Vital statistics of India. Vol. V, Reports of 1876 on armies & jails and on epidemic cholera
Year: 1876
Disease focus: Cholera
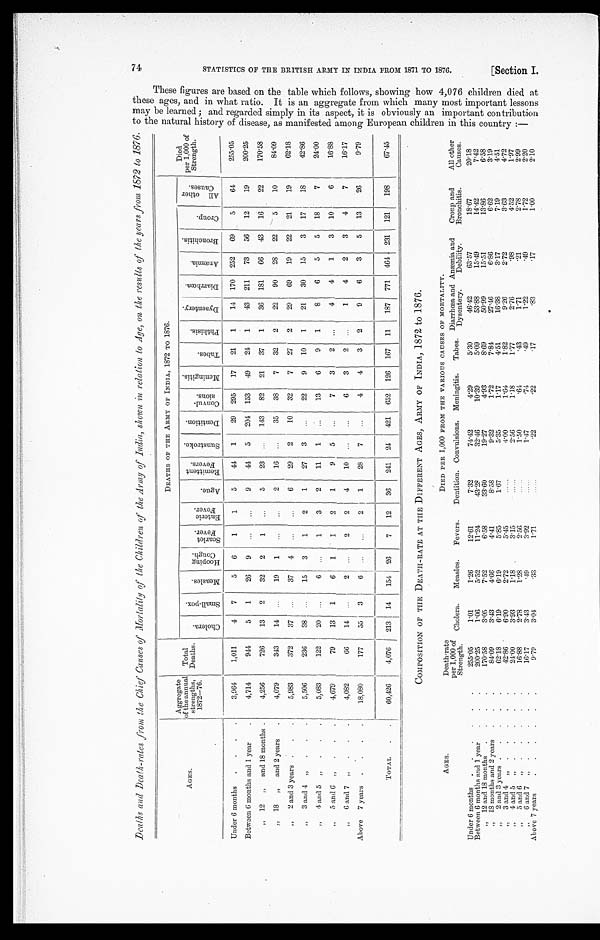
T h e s e f i g u r e s a r e b a s e d o n t h e t a b l e w h i c h f o l l o w s , s h o w i n g h o w 4 , 0 7 6 c h i l d r e n d i e d a t t h e s e a g e s , a n d i n w h a t r a t i o . I t i s a g g r e g a t e f r o m w h i c h m a n y m o s t i m p o r t a n t l e s s o n s m a y b e l e a r n e d ; a n d r e g a r d e d s i m p l y i n i t s a s p e c t , i t i s o b v i o u s l y a n i m p o r t a n t c o n t r i b u t i o n t o t h e n a t u r a l h i s t o r y o f d i s e a s e , a s m a n i f e s t e d a m o n g E u r o p e a n c h i l d r e n i n t h i s c o u n t r y : —
S T A T I S T I C S O F T H E B R I T I S H A R M Y I N I N D I A F R O M 1 8 7 1 T O 1 8 7 6 .
Section I.
Deaths and Death-rates from the Chief Causes of Mortality of the Children of the Army of India, shown in relation to Age, on the results of the years from 1872 to 1876.
AGES.
Aggregate
of the annual
strengths,
1872—76.
Total
Deaths.
DEATHS OF THE ARMY OF INDIA, 1872 TO 1876.
Died
per 1,000 of
Strength.
C h o l e r a .
S m a l l - p o x .
M e a s l e s .
H o o p i n g C o u g h .
S c a r l e t F e v e r .
E n t e r i c F e v e r .
A g u e .
R e m i t t e n t F e v e r s .
S u n s t r o k e .
D e n t i t i o n .
C o n v u l - s i o n s .
M e n i n g i t i s .
T a b e s .
P h t h i s i s .
D y s e n t e r y .
D i a r r h œ a .
A n æ m i a .
B r o n c h i t i s .
C r o u p .
A l l o t h e r C a u s e s .
Under 6 months
. . .
3,964
1,011
4
7
5
6
1
1
5
44
1
29
295
17
21
1
14
170
252
69
5
64
255.05
Between 6 months and 1 year . . .
4,714
944
5
1
26
9
. . .
. . .
9
44
5
204
153
49
24
1
43
211
73
56
12
19
200.25
" 12 " and 18 months . . .
4,256
726
13
2
32
2
1
. . .
5
23
. . .
143
82
21
37
1
36
181
66
43
16
22
170.58
" 18 " and 2 years . . .
4,079
343
14
. . .
19
1
. . .
. . .
2
16
. . .
35
38
7
32
2
22
90
28
22
5
10
84.09
" 2 and 3 years
. . .
5,983
372
37
. . .
37
4
. . .
. . .
6
29
2
10
32
7
27
2
29
69
19
22
21
19
62.18
" 3 and 4
"
. . .
5,506
236
38
. . .
15
3
1
2
1
27
3
. . .
22
9
10
1
21
30
15
3
17
18
42.86
" 4 a n d 5 "
. . .
5,083
122
20
. . .
6
. . .
1
3
2
11
1
. . .
13
6
9
1
8
6
5
5
18
7
24.00
" 5 and 6 "
. . .
4,679
79
13
1
6
1
1
2
1
9
5
. . .
7
3
2
. . .
4
4
1
3
10
6
16.88
" 6 and 7 " . . . .
4,082
66
14
. . .
2
. . .
2
2
4
10
. . .
. . .
6
3
2
. . .
1
4
2
3
4
7
16.17
Above
7 years
. . .
18,080
177
55
3
6
. . .
. . .
2 1
1
28
7
. . .
4
4
3
2
9
6
3
5
13
26
9.79
TOTAL
. . .
60,426
4,076
213
14
154
26
7
12
36
241
24
421
652
126
167
11
187
771
464
231
121
198
67.45
COMPOSITION OF THE DEATH-RATE AT THE DIFFERENT AGES, ARMY OF INDIA, 1872 to 1876.
AGES.
Death-rate
per 1,000 of
Strength.
Cholera.
Measles.
Fevers.
DIED PER 1,000 FROM THE VARIOUS CAUSES OF MORTALITY.
Croup and
Bronchitis.
All other
Causes.
Dentition. Convulsions.
Meningitis.
Tabes.
Diarrhœa and
Dysentery.
Anæmia and
Debility.
Under 6 months
. . .
255.05
1.01
1.26
12.61
7.32
74.42
4.29
5.30
46.42
63.57
18.67
2 0 . 1 8
Between 6 months and 1 year
. . .
200.25
1.06
5.52
11.24
43.28
32.46
10.39
5.09
53.88
15.49
14.42
7.42
" 12 and 18 months . . .
170.58
3.05
7.52
6.58
33.60
19.27
4.93
8.69
50.99
15.51
13.86
6.58
" 1 8 m o n t h s a n d 2 y e a r s . . .
84.09
3.43
4.66
4.41
8.58
9.32
1.72
7.84
27.46
6.36
6.62
3.19
" 2 and 3 years. . .
62.18
6.19
6.19
5.85
1.67
5.35
1.17
4.51
16.38
3.17
7.19
4.51
" 3 and 4 ". . .
42.86
6.90
2.72
5.45
. . .
4.00
1.64
1.82
9.26
2.72
3.83
4.72
"4 and 5 ". . .
24.00
3.93
1.18 .
3. 15
. . .
2. 56
1.18
1.77
2.76
.98
4.52
1.97
" 5 and 6 ". . .
16.88
2.78
1.28
2.56
. . .
1.50
.64
.43
1.71
.21
2.78
2.99
" 6 and 7 ". . .
.
16.17
3.43
.49
3.92
. . .
1.47
.74
.49
1.22
..49
1.72
2.20
Above 7 years
. . .
9.79
3.04
.33
1.71
. . .
.22
.22
.17
.83
.17
1.00
2.10